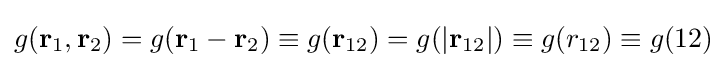
g(\mathbf {r} _{1},\mathbf {r} _{2})=g(\mathbf {r} _{1}-\mathbf {r} _{2})\equiv g(\mathbf {r} _{12})=g(|\mathbf {r} _{12}|)\equiv g(r_{12})\equiv g(12)